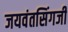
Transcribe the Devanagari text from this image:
जयवंतसिंगजी